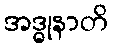
အဒ္ဓုနာတိ